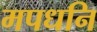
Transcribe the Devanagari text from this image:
मपधनि